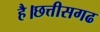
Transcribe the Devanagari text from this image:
है।छत्तीसगढ